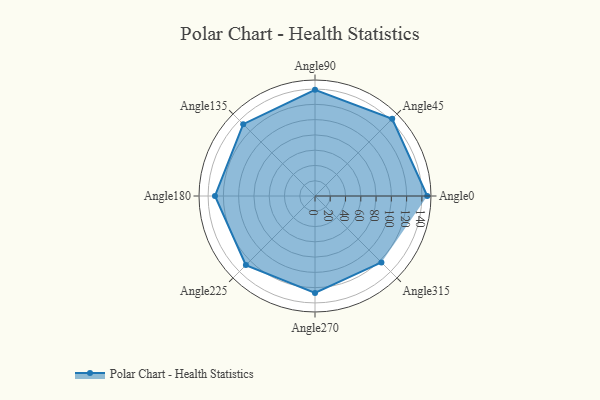
{"axis": {"x": "Angle", "y": "Radius"}, "legend": [""], "data": [{"x": "Angle0", "y": 147.0, "type": ""}, {"x": "Angle45", "y": 143.0, "type": ""}, {"x": "Angle90", "y": 139.0, "type": ""}, {"x": "Angle135", "y": 133.0, "type": ""}, {"x": "Angle180", "y": 131.0, "type": ""}, {"x": "Angle225", "y": 128.0, "type": ""}, {"x": "Angle270", "y": 127.0, "type": ""}, {"x": "Angle315", "y": 123.0, "type": ""}]}